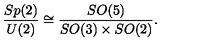
{ \frac { S p ( 2 ) } { U ( 2 ) } } \cong { \frac { S O ( 5 ) } { S O ( 3 ) \times S O ( 2 ) } } .